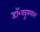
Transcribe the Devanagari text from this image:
डॉ॰पदुमलाल